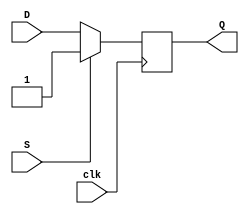
module d_ff (
    input clk, 
    input D, 
    input S, 
    output reg Q
);

always @(posedge clk) begin
    if (S == 1'b1)
        Q <= 1'b1;
    else
        Q <= D;
end

endmodule